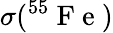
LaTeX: \sigma(^{55}\mathrm{~F~e~})